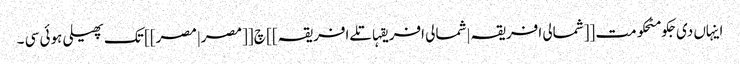
اینہاں دی جکومٹحکومت [[شمالی افریقہ|شمالی افریقہاتلےافریقہ]] چ [[مصر|مصر]] تک پھیلی ہوئی سی ۔